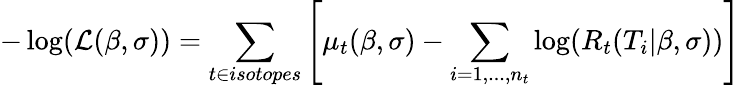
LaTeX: -\log(\mathcal{L}(\beta,\sigma))=\sum_{t\in isotopes}\left[\mu_{t}(\beta,\sigma)-\sum_{i=1,...,n_{t}}\log(R_{t}(T_{i}|\beta,\sigma))\right]